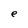
Character: e